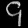
Digit: ၄